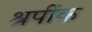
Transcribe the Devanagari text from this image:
श्रपींक